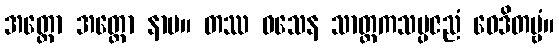
အတ္ထော အတ္ထော နာမ။ တဿ ဝသေန သာတ္ထကသမ္ပဇညံ ဝေဒိတဗ္ဗံ။